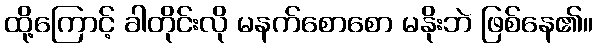
ထို့ကြောင့် ခါတိုင်းလို မနက်စောစော မနိုးဘဲ ဖြစ်နေ၏။